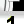
Digit: 1